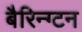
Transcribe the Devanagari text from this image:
बैरिन्ग्टन